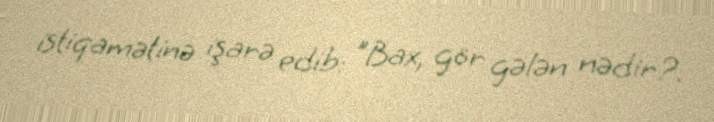
istiqamətinə işarə edib: "Bax, gör gələn nədir?.